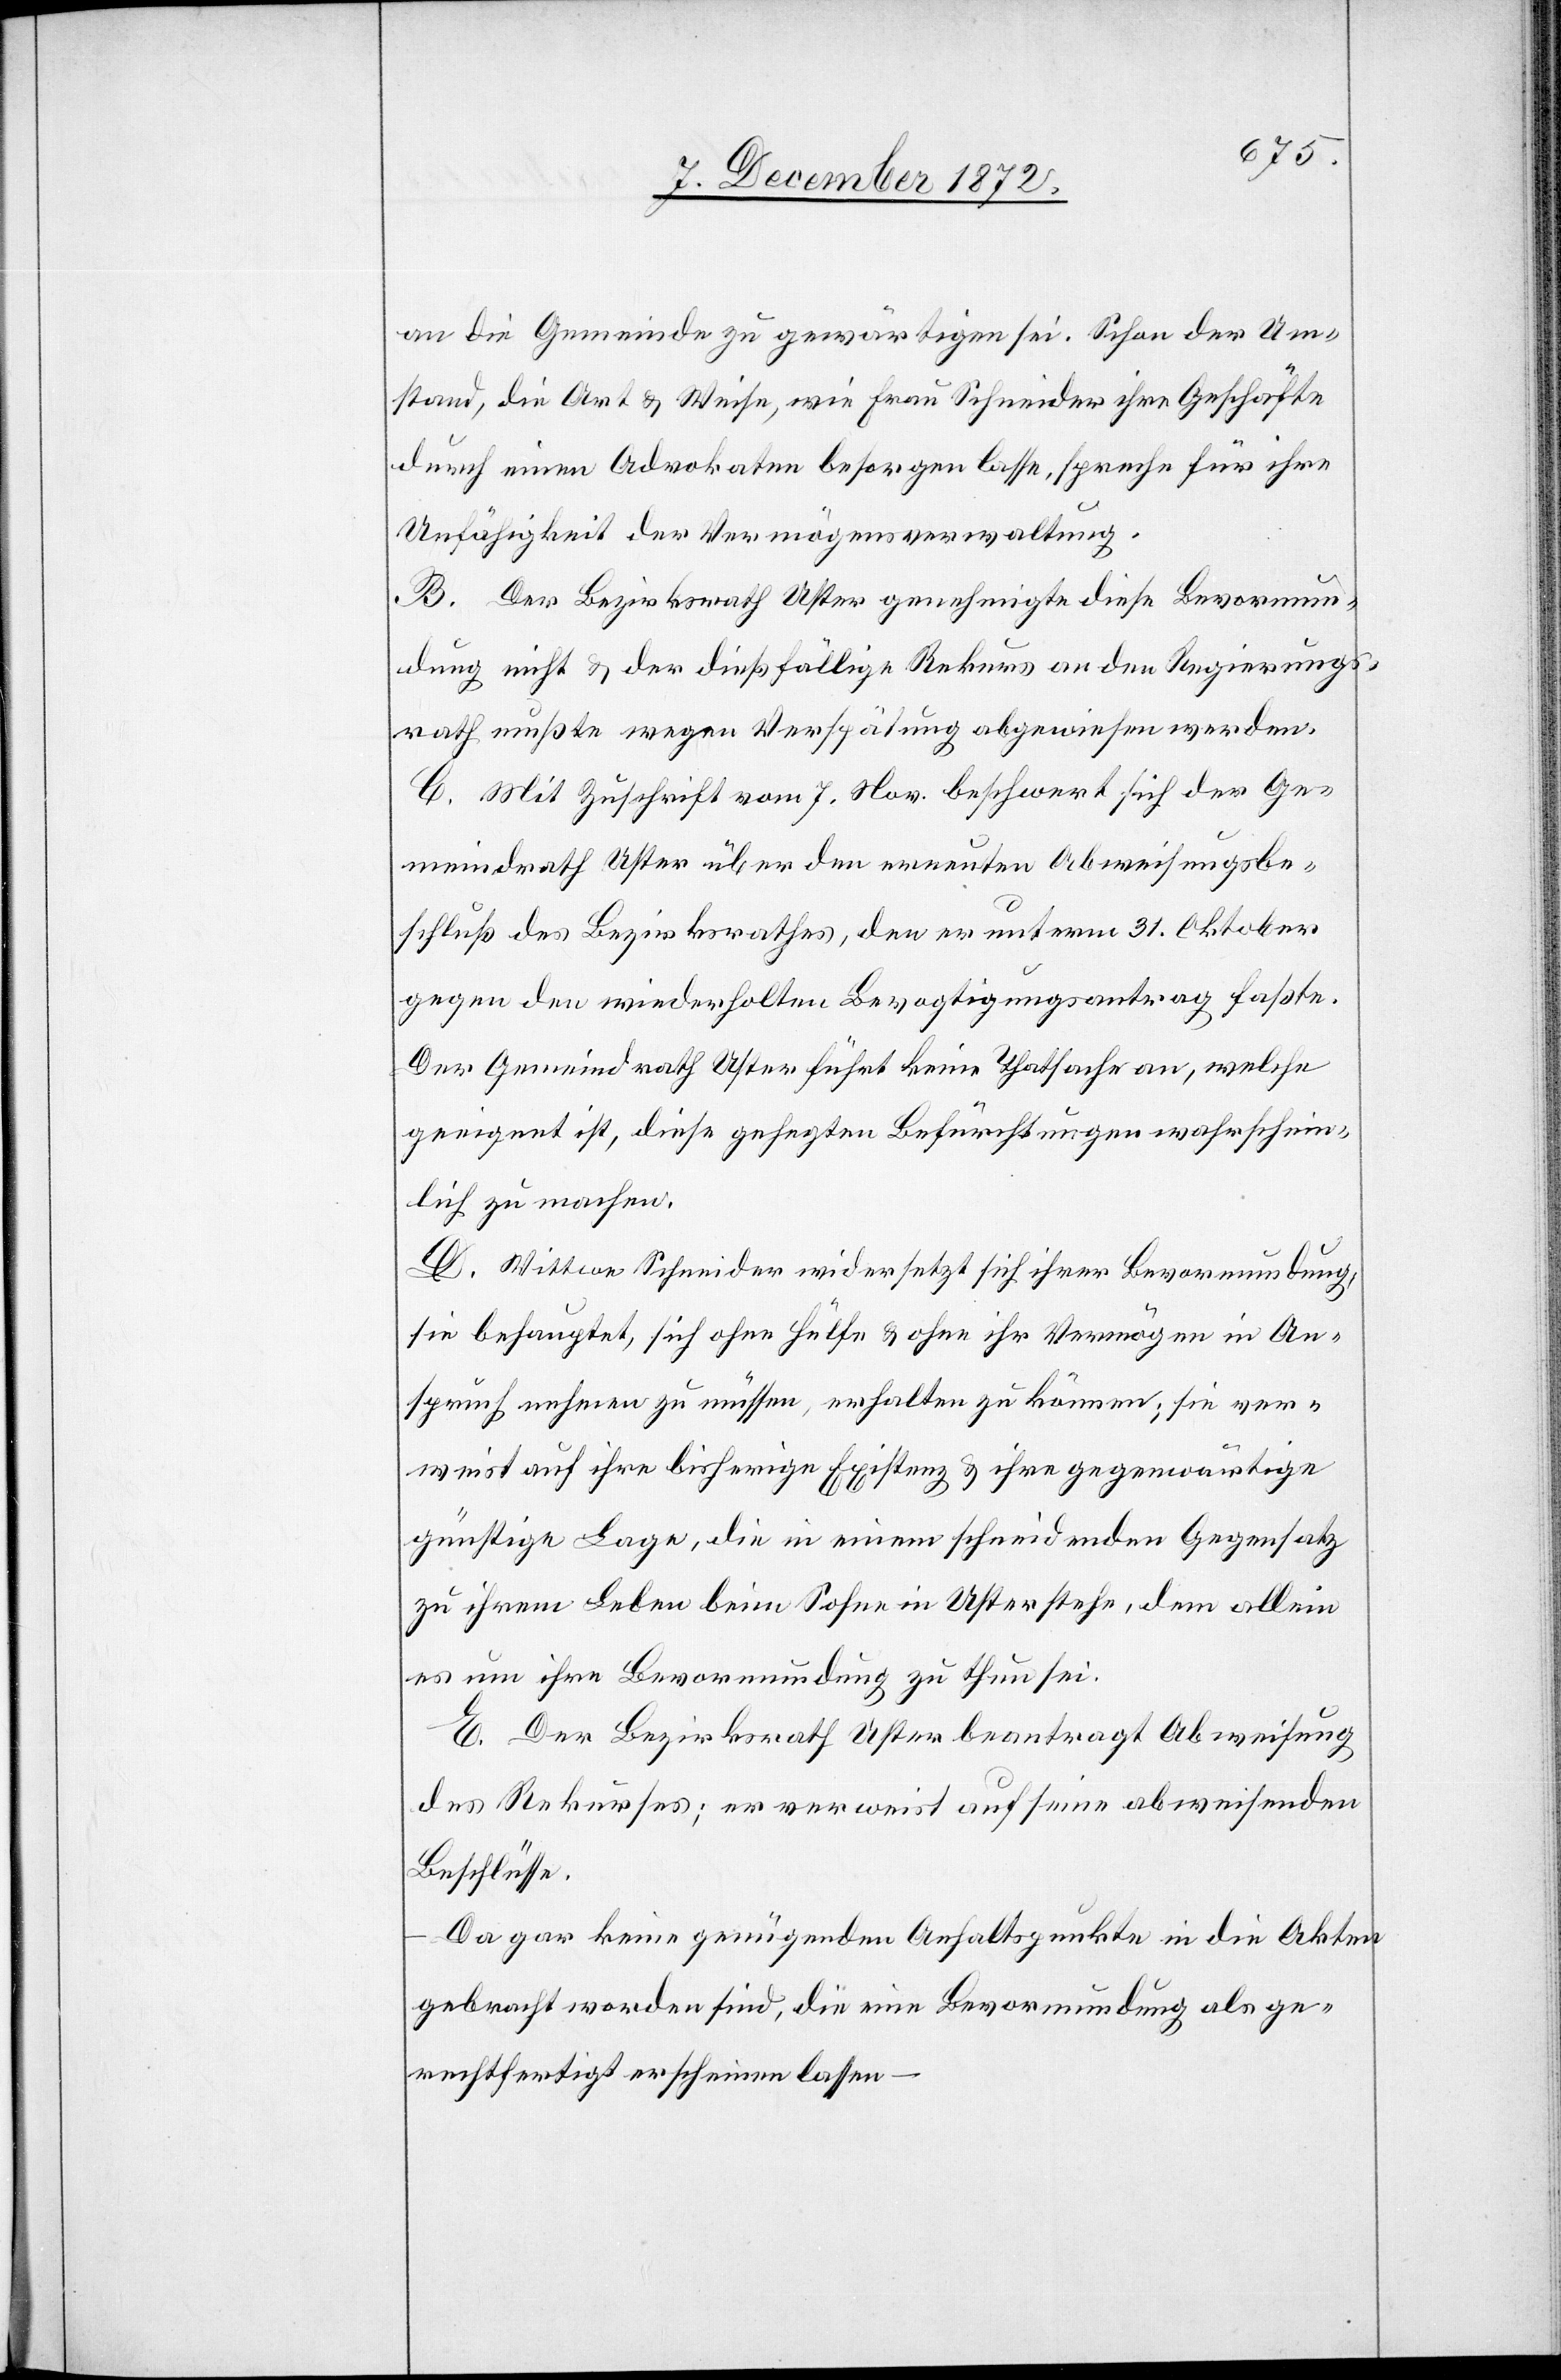
an die Gemeinde zu gewärtigen sei. Schon der Um¬
stand, die Art u. Weise, wie Frau Schneider ihre Geschäfte
durch einen Advokaten besorgen lasse, spreche für ihre
Unfähigkeit der Vermögensverwaltung.
B. Der Bezirksrath Uster genehmigte diese Bevormun¬
dung nicht u. der dießfällige Rekurs an den Regierungs¬
rath mußte wegen Verspätung abgewiesen werden.
C. Mit Zuschrift vom 7. Nov. beschwert sich der Ge¬
meindrath Uster über den erneuten Abweisungsbe¬
schluß des Bezirksrathes, den er unterm 31. Oktober
gegen den wiederholten Bevogtigungsantrag faßte.
Der Gemeindrath Uster führt keine Thatsache an, welche
geeignet ist, diese gehegten Befürchtungen wahrschein¬
lich zu machen.
D. Wittwe Schneider widersetzt sich ihrer Bevormundung,
sie behauptet, sich ohne Hülfe u. ohne ihr Vermögen in An¬
spruch nehmen zu müssen, erhalten zu können; sie ver¬
weist auf ihre bisherige Existenz u. ihre gegenwärtige
günstige Lage, die in einem schneidenden Gegensatz
zu ihrem Leben beim Sohne in Uster stehe, dem allein
es um ihre Bevormundung zu thun sei.
E. Der Bezirksrath Uster beantragt Abweisung
des Rekurses; er verweist auf seine abweisenden
Beschlüsse.
Da gar keine genügenden Anhaltspunkte in die Akten
gebracht worden sind, die eine Bevormundung als ge¬
rechtfertigt erscheinen lassen